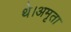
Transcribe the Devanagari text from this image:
थे।अमृता